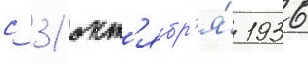
с 31 окт'ябр'я́ 1936